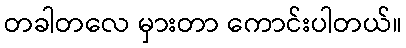
တခါတလေ မှားတာ ကောင်းပါတယ်။